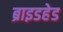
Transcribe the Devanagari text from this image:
ब्राइडहेड